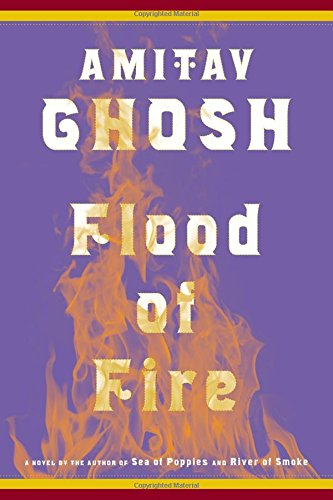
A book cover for Flood of Fire: A Novel (The Ibis Trilogy); Amitav Ghosh; Literature & Fiction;